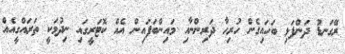
ރޭގަނޑު ދަންފަޅި ބަހައިގެން ހުރިހާ ދަރިންނާއި މައިންބަފައިން އެއް ކޮޓަރީގައި ނިދުމަކީ ތަރައްގީއެއް